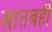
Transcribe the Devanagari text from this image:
खातबही